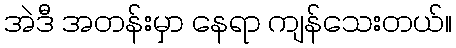
အဲဒီ အတန်းမှာ နေရာ ကျန်သေးတယ်။